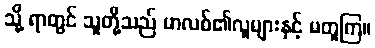
သို့ ရာတွင် သူတို့သည် မာလစ်၏လူများနှင့် မတူကြ။